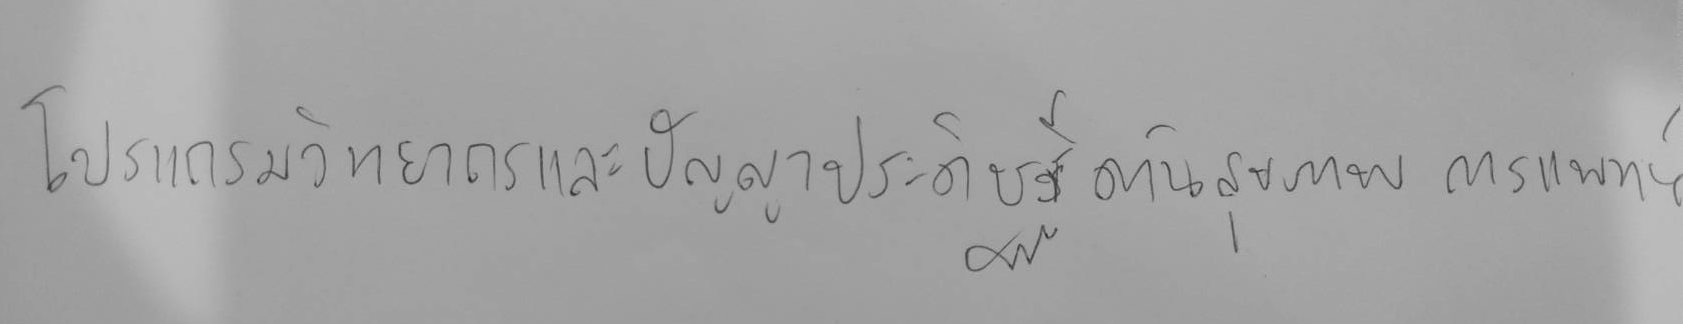
โปรแกรมวิทยากรและปัญญาประดิษฐ์ด้านสุขภาพ การแพทย์